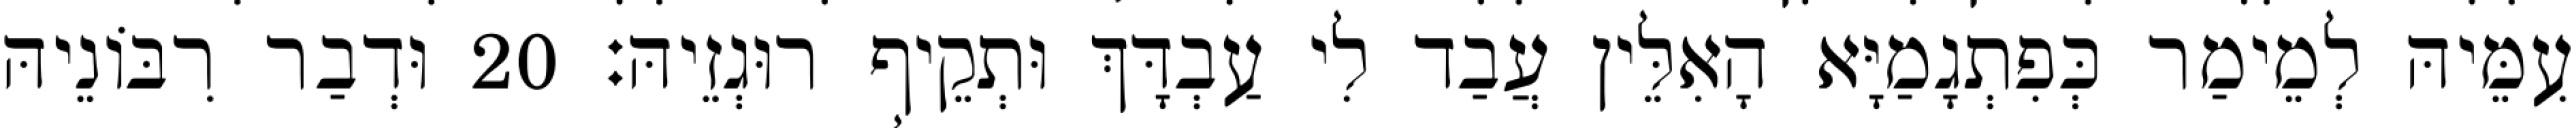
עִמֵּיהּ לְמֵימַר כְּפִתְגָמַיָּא הָאִלֵּין עֲבַד לִי עַבְדָּךְ וּתְקֵיף רוּגְזֵיהּ׃ 20 וּדְבַר רִבּוֹנֵיהּ